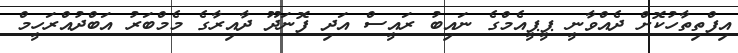
އިފްތިތާހުކޮށް ދެއްވާނީ ޕީޕީއެމްގެ ނައިބު ރައީސް އަދި ފޮނަދޫ ދާއިރާގެ މެމްބަރު އަބްދުއްރަހީމް